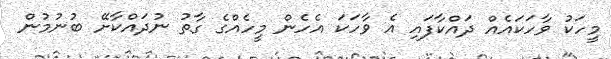
މީހަކު ވާހަކައެއް ދައްކާފައި އެ ވާހަކަ އެހެން މީހެއްގެ ގާތު ނުދައްކާށޭ ބުނުމުން